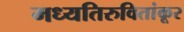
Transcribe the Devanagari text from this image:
मध्यतिरुवितांकूर